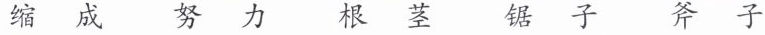
缩成 努力 根茎 锯子 斧子